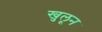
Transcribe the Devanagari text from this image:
खुलून